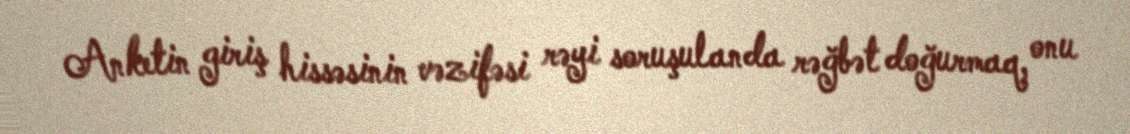
Anketin giriş hissəsinin vəzifəsi rəyi soruşulanda rəğbət doğurmaq, onu